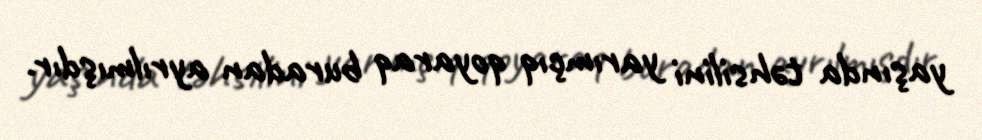
yaşında təhsilini yarımçıq qoyaraq buradan ayrılmışdır.